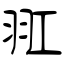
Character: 羾